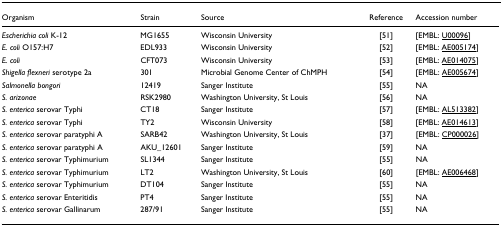
| Organism | Strain | Source | Reference | Accession number |
 | --- | --- | --- | --- | --- |
 | Escherichia coli K-12 | MG1655 | Wisconsin University | [51] | [EMBL: U00096] |
 | E. coli O157:H7 | EDL933 | Wisconsin University | [52] | [EMBL: AE005174] |
 | E. coli | CFT073 | Wisconsin University | [53] | [EMBL: AE014075] |
 | Shigella flexneri serotype 2a | 301 | Microbial Genome Center of ChMPH | [54] | [EMBL: AE005674] |
 | Salmonella bongori | 12419 | Sanger Institute | [55] | NA |
 | S. arizonae | RSK2980 | Washington University, St Louis | [56] | NA |
 | S. enterica serovar Typhi | CT18 | Sanger Institute | [57] | [EMBL: AL513382] |
 | S. enterica serovar Typhi | TY2 | Wisconsin University | [58] | [EMBL: AE014613] |
 | S. enterica serovar paratyphi A | SARB42 | Washington University, St Louis | [37] | [EMBL: CP000026] |
 | S. enterica serovar paratyphi A | AKU_12601 | Sanger Institute | [59] | NA |
 | S. enterica serovar Typhimurium | SL1344 | Sanger Institute | [55] | NA |
 | S. enterica serovar Typhimurium | LT2 | Washington University, St Louis | [60] | [EMBL: AE006468] |
 | S. enterica serovar Typhimurium | DT104 | Sanger Institute | [55] | NA |
 | S. enterica serovar Enteritidis | PT4 | Sanger Institute | [55] | NA |
 | S. enterica serovar Gallinarum | 287/91 | Sanger Institute | [55] | NA |